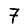
Digit: 7